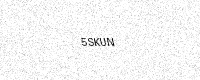
Text: 5SKUN